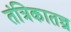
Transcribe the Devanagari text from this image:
तंत्रिकातन्त्र